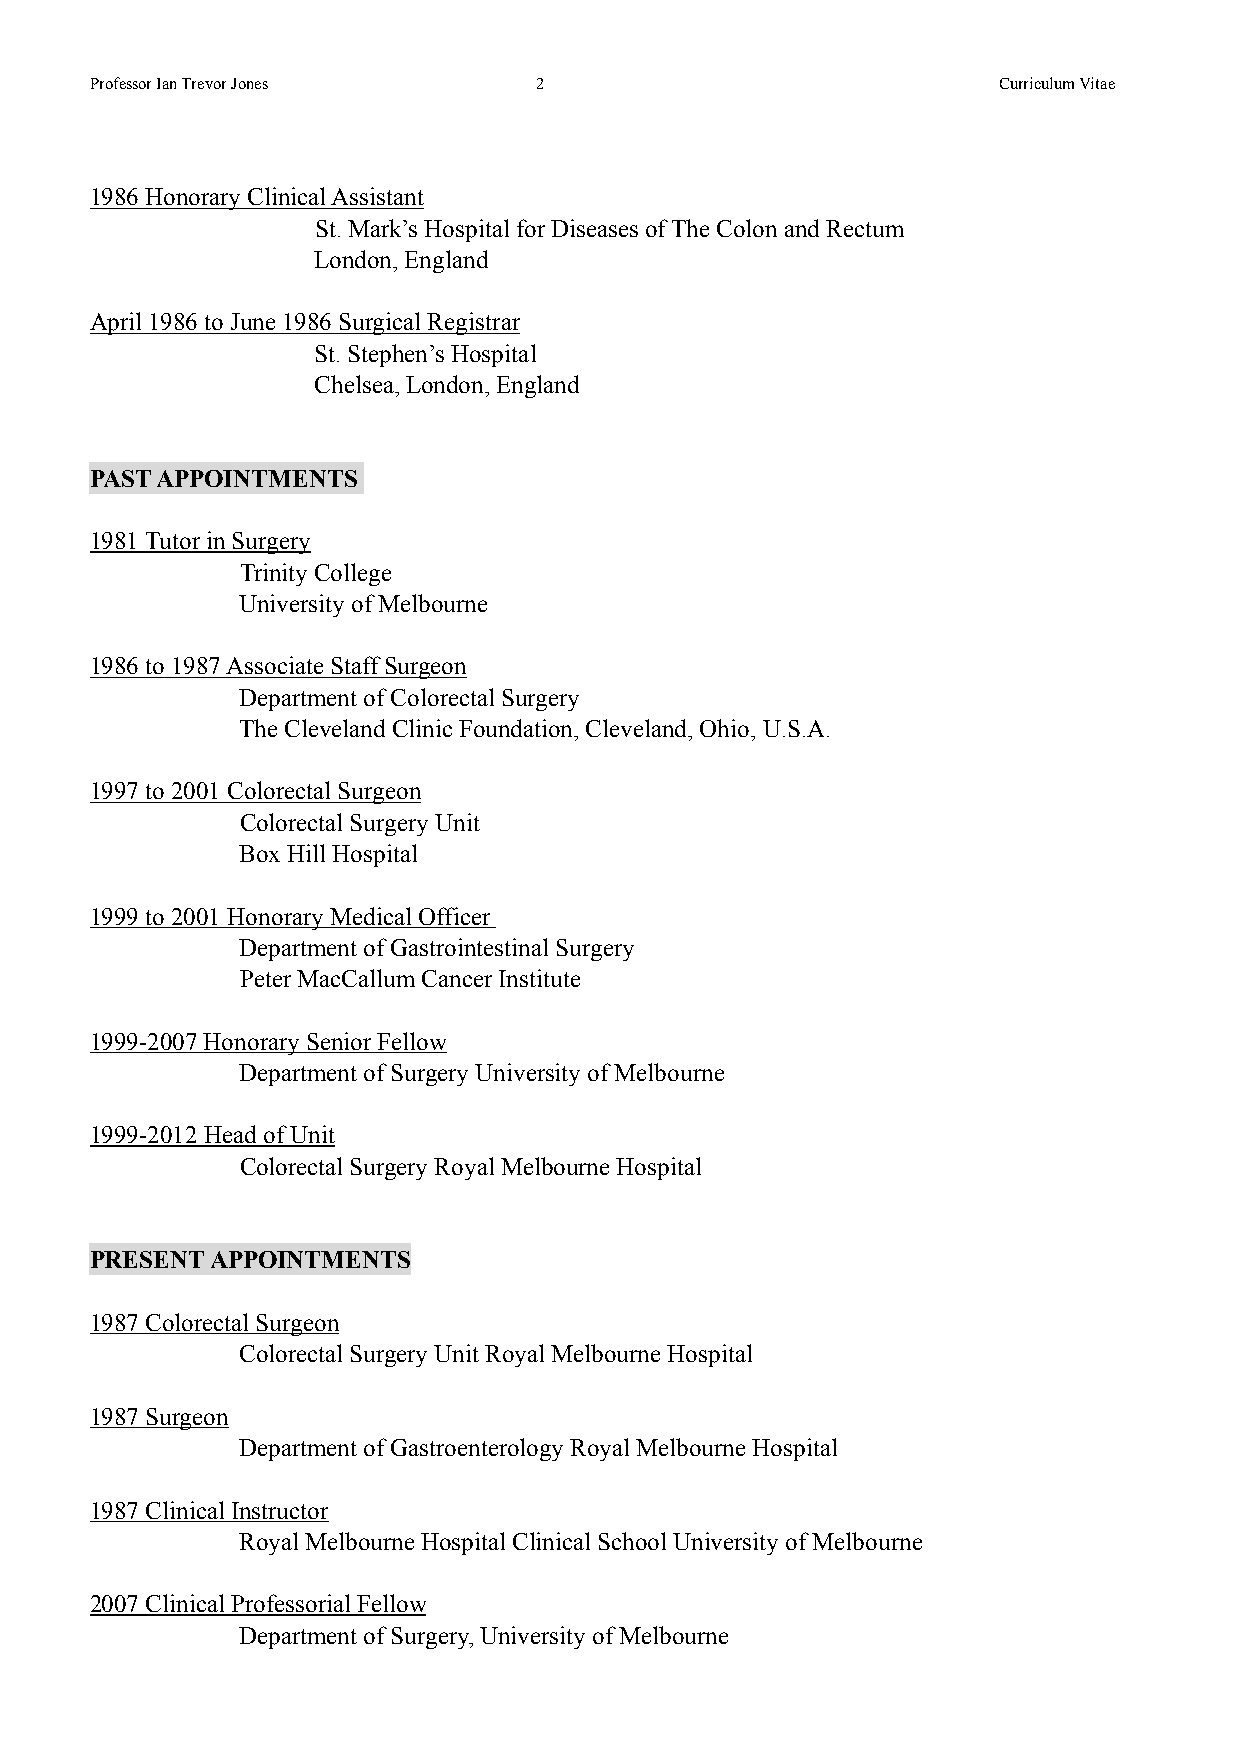
!
 Professor Ian Trevor Jones   !2                             Curriculum Vitae
 !
 !
 1986 Honorary Clinical Assistant
 St. Mark’s Hospital for Diseases of The Colon and Rectum
 London, England
 !
 April 1986 to June 1986 Surgical Registrar
 St. Stephen’s Hospital
 Chelsea, London, England
 !
 !
 PAST APPOINTMENTS
 !
 1981 Tutor in Surgery
 Trinity College
 University of Melbourne
 !
 1986 to 1987 Associate Staff Surgeon
 Department of Colorectal Surgery
 The Cleveland Clinic Foundation, Cleveland, Ohio, U.S.A.
 !
 1997 to 2001 Colorectal Surgeon
 Colorectal Surgery Unit
 Box Hill Hospital
 !
 1999 to 2001 Honorary Medical Officer
 Department of Gastrointestinal Surgery
 Peter MacCallum Cancer Institute
 !
 1999-2007 Honorary Senior Fellow
 Department of Surgery University of Melbourne
 !
 1999-2012 Head of Unit
 Colorectal Surgery Royal Melbourne Hospital
 !
 !
 PRESENT APPOINTMENTS
 !
 1987 Colorectal Surgeon
 Colorectal Surgery Unit Royal Melbourne Hospital
 !
 1987 Surgeon
 Department of Gastroenterology Royal Melbourne Hospital
 !
 1987 Clinical Instructor
 Royal Melbourne Hospital Clinical School University of Melbourne
 !
 2007 Clinical Professorial Fellow
 Department of Surgery, University of Melbourne
 !